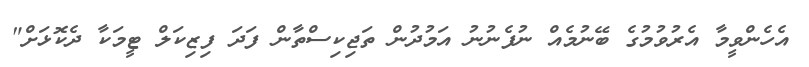
އެހެންވީމާ އެރުވުމުގެ ބޭނުމެއް ނުފެނުނު އަމުދުން ތަޖިކިސްތާން ފަދަ ފިޒިކަލް ޓީމަކާ ދެކޮޅަށް"